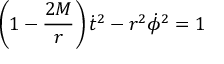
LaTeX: \left( 1 - { \frac { 2 M } { r } } \right) { \dot { t } } ^ { 2 } - r ^ { 2 } { \dot { \phi } } ^ { 2 } = 1